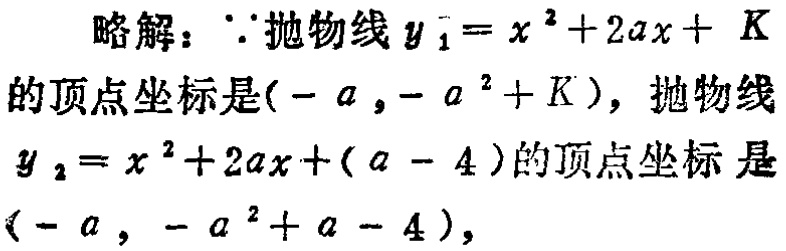
略解：\(\because\)抛物线\(y_{1}=x^{2}+2ax + K\)的顶点坐标是\((-a,-a^{2}+K)\)，抛物线\(y_{2}=x^{2}+2ax+(a - 4)\)的顶点坐标是\((-a,-a^{2}+a - 4)\)，